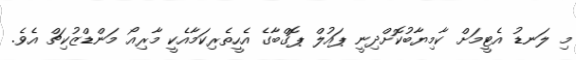
މި ލަނޑު އެޓީމަށް ކާމިޔާބުކޮށްދިނީ ޕައުލް ޕޮގްބާގެ އެހީތެރިކަމާއެކީ މާރިއޯ މަންޑްޒުކިޗް އެވެ.